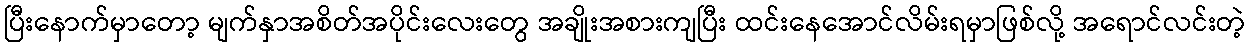
ပြီးနောက်မှာတော့ မျက်နှာအစိတ်အပိုင်းလေးတွေ အချိုးအစားကျပြီး ထင်းနေအောင်လိမ်းရမှာဖြစ်လို့ အရောင်လင်းတဲ့